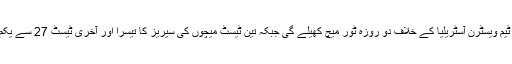
دوسرا ٹیسٹ کھیلنے کے بعد نیوزی لینڈ کی ٹیم ویسٹرن آسٹریلیا کے خلاف دو روزہ ٹور میچ کھیلے گی جبکہ تین ٹیسٹ میچوں کی سیریز کا تیسرا اور آخری ٹیسٹ 27 سے یکم دسمبر تک ایڈیلیڈ، اوول میں کھیلا جائے گا۔